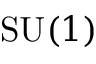
\mathrm { S U } ( 1 )